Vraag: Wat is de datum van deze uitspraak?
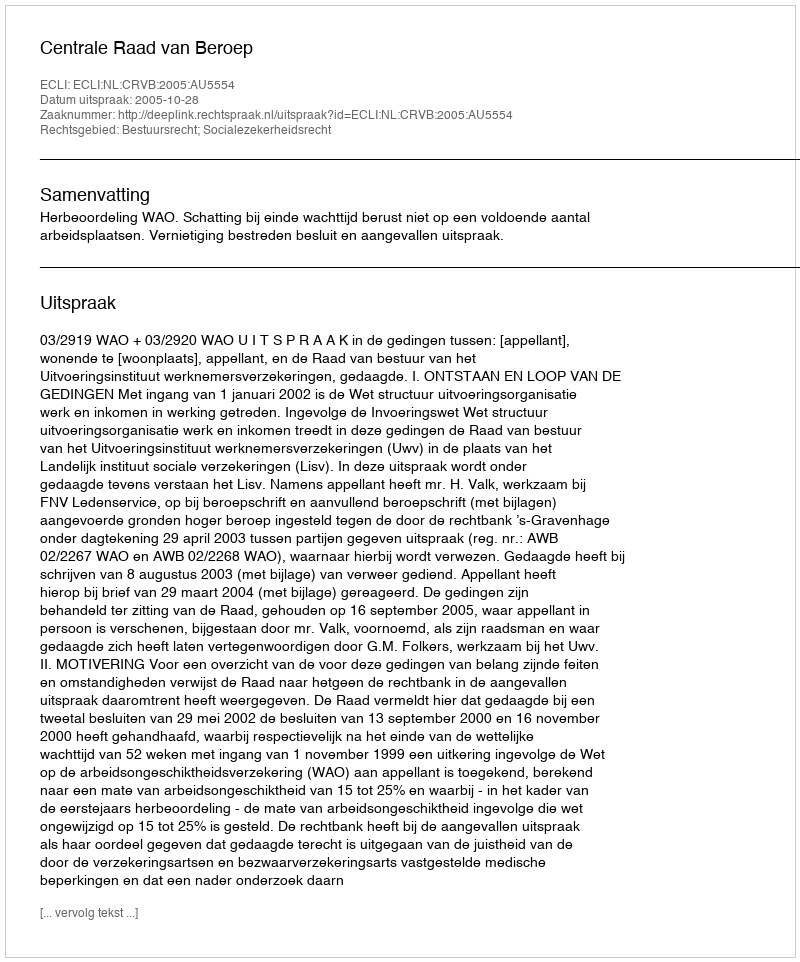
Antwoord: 2005-10-28